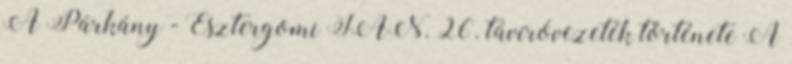
A Párkány - Esztergomi JAN. 26. távíróvezeték története A